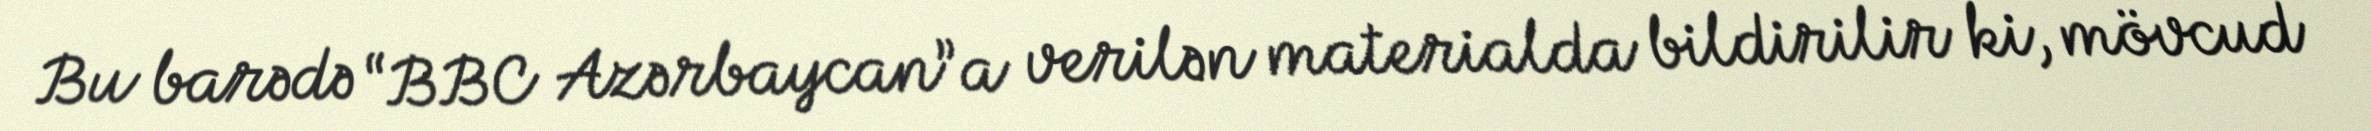
Bu barədə “BBC Azərbaycan”a verilən materialda bildirilir ki, mövcud